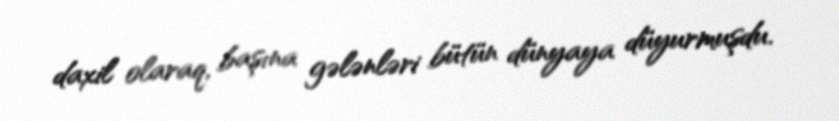
daxil olaraq, başına gələnləri bütün dünyaya düyurmuşdu.